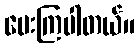
မေးကြပါတယ်။